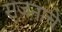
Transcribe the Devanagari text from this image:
सृजनाचे